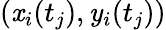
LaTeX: (\mathit{x}_{i}(t_{j}),\mathit{y}_{i}(t_{j}))